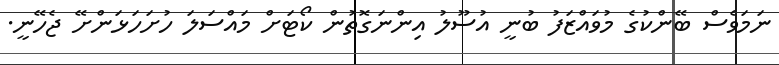
ނަމަވެސް ބޭންކުގެ މުވައްޒަފު ބުނީ އުސޫލު އިންނަގޮތުން ކޯޓަށް މައްސަލަ ހުށަހަޅަންށޭ ޖެހޭނީ.